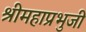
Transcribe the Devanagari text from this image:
श्रीमहाप्रभुजी